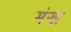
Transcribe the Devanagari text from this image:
मंझा